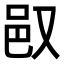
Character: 𬩴